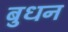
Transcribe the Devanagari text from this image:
बुधन